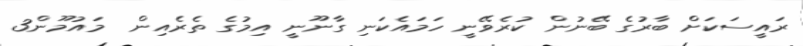
ރައީސަކަށް ބާރުގެ ބޭނުން ކުރެވޭނީ ހަމައެކަނި ގާނޫނީ އިމުގެ ތެރެއިން  މައުމޫން3